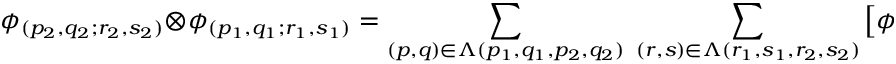
\phi _ { ( p _ { 2 } , q _ { 2 } ; r _ { 2 } , s _ { 2 } ) } \otimes \phi _ { ( p _ { 1 } , q _ { 1 } ; r _ { 1 } , s _ { 1 } ) } = \sum _ { ( p , q ) \in \Lambda ( p _ { 1 } , q _ { 1 } , p _ { 2 } , q _ { 2 } ) } \; \sum _ { ( r , s ) \in \Lambda ( r _ { 1 } , s _ { 1 } , r _ { 2 } , s _ { 2 } ) } \left[ \phi _ { ( p , q ; r , s ) } \right] ,